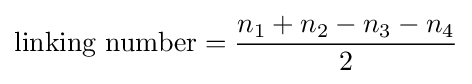
{\text{linking number}}={\frac {n_{1}+n_{2}-n_{3}-n_{4}}{2}}